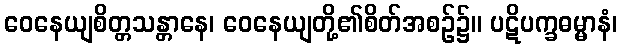
ဝေနေယျစိတ္တသန္တာနေ၊ ဝေနေယျတို့၏စိတ်အစဉ်၌။ ပဋိပက္ခဓမ္မာနံ၊